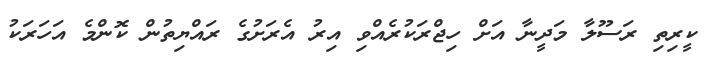
ކީރިތި ރަސޫލާ މަދީނާ އަށް ހިޖްރަކުރެއްވި އިރު އެރަށުގެ ރައްޔިތުން ކޮންމެ އަހަރަކު